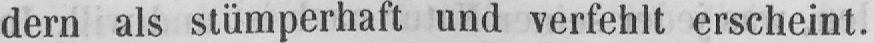
dern als stümperhaft und verfehlt erscheint.